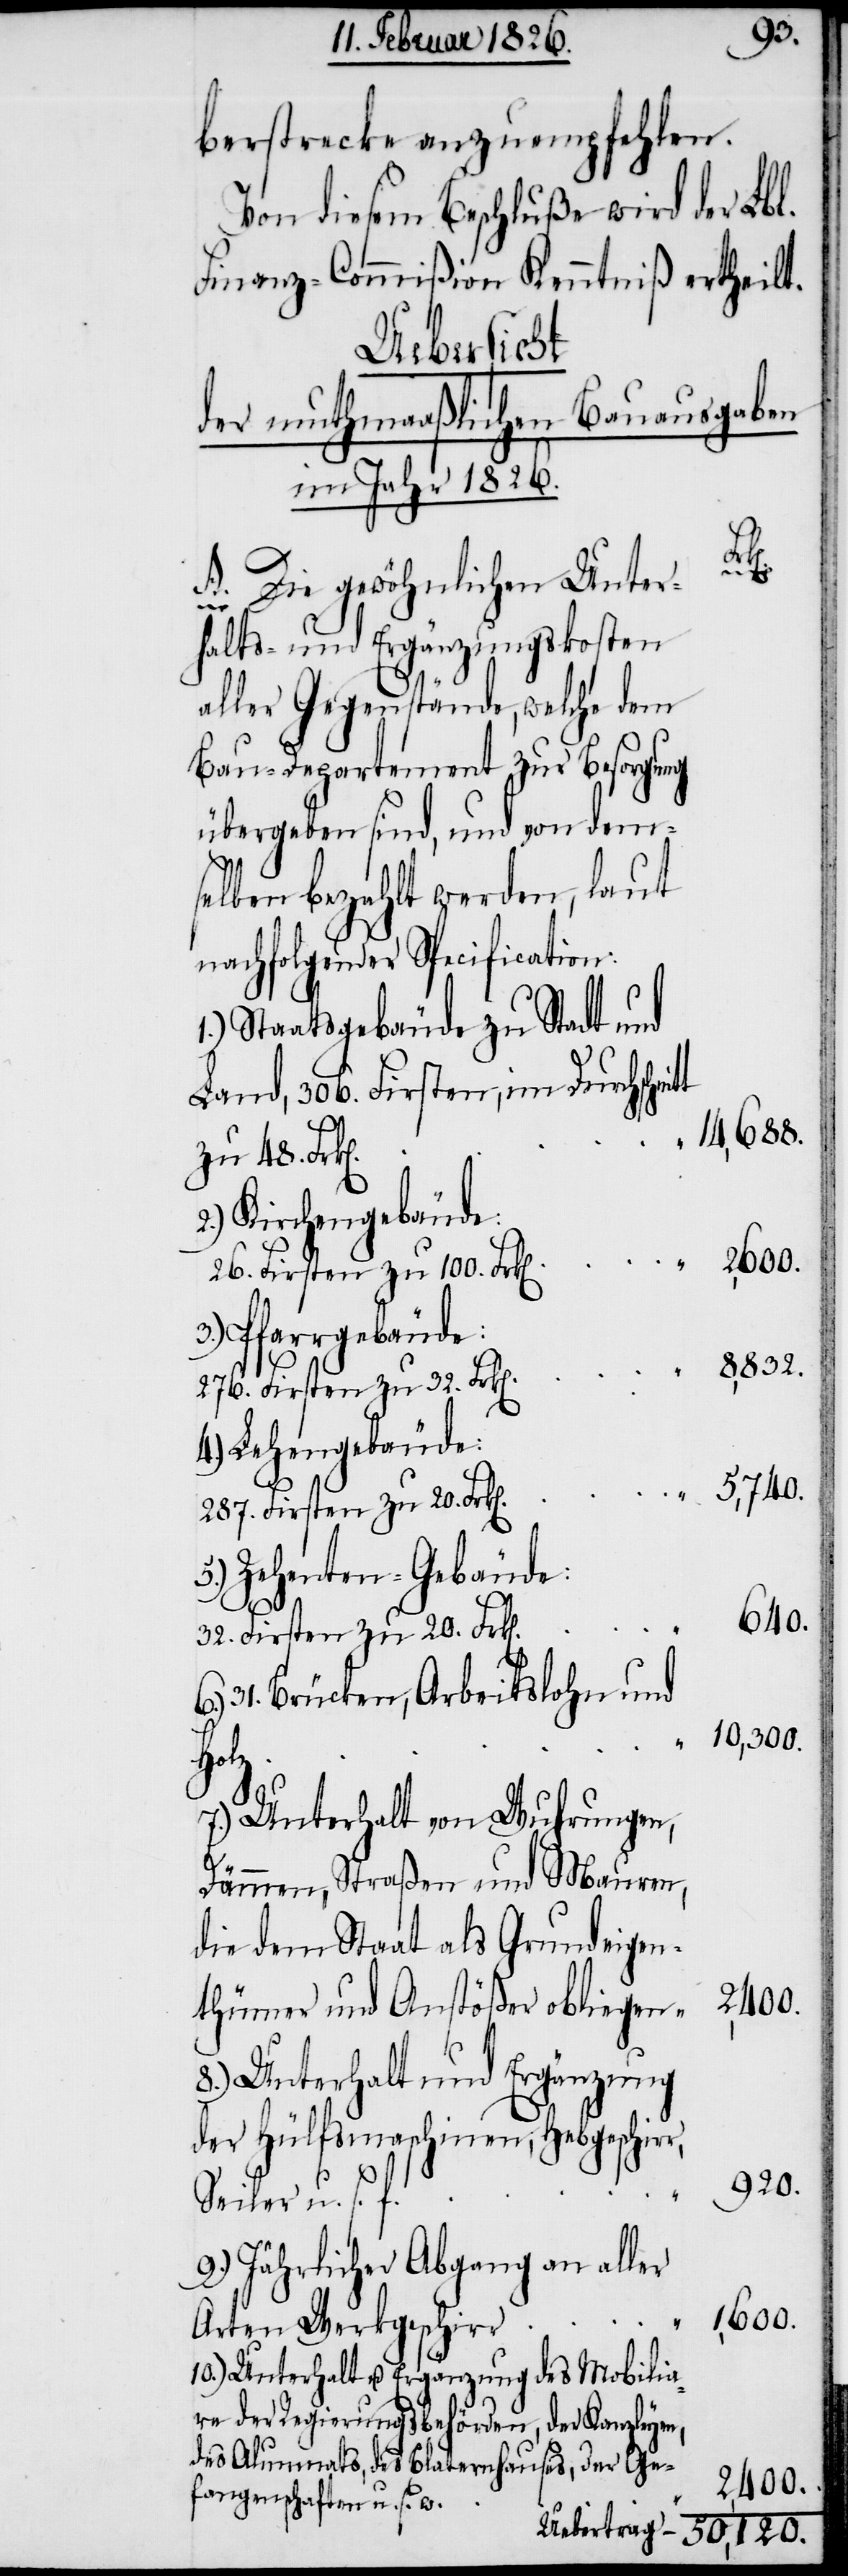
Grun¬
berstrecke anzuempfehlen.
Von diesem Beschluße wird der Lbl.
Finanz-Commißion Kenntniß ertheilt.
Uebersicht
der muthmaaßlichen Bauausgaben
im Jahr 1826.
r,
A. Die gewöhnlichen Unter¬
halts- und Ergänzungskosten
aller Gegenstände, welche dem
Bau-Departement zur Besorgung
übergeben sind, und von dem¬
selben bezahlt werden, laut
nachfolgender Specification:
1.) Staatsgebäude zu Stadt und
Land, 306. Firsten, im Durchschni¬
14,688.
zu 48. Frk[e¬
2.) Kirchengebäude:
26. Firsten zu 100. Frk[e¬
3.) Pfarrgebäude:
276. Firsten zu 32. Frk[e¬
Lehengebäude:
287. Firsten zu 20. Frk[e¬
5.) Zehenten-Gebäude:
640.
32. Firsten zu 20. Frk[e¬
6.)
31. Brücken, Arbeitslohn und
10,300.
gen¬
7.) Unterhalt von Wuhrungen,
Dämmen, Straßen und Mauren
2,400.
thümer und Anstößer obliegen
8.) Unterhalt und Ergänzung
der Hülfsmaschinen, Habgeschir¬
920.
Seiler u. s. f.
9.) Jährlicher Abgang an aller
1,600.
Arten Werkgeschirr
10.) Unterhalt u. Ergänzung des Mobilia¬
re der Regierungsbehörden, der Kanzleyen,
des Alumnats, des Blaternhauses, der Ge¬
fangenschaften u. s. w.